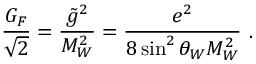
\frac { G _ { F } } { \sqrt { 2 } } = \frac { \tilde { g } ^ { 2 } } { M _ { W } ^ { 2 } } = \frac { e ^ { 2 } } { 8 \sin ^ { 2 } \theta _ { W } M _ { W } ^ { 2 } } ~ .